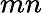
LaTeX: mn